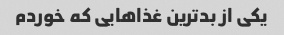
یکی از بدترین غذاهایی که خوردم